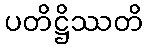
ပတိဋ္ဌိဿတိ